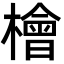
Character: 檜